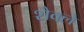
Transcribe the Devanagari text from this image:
शैक्ले